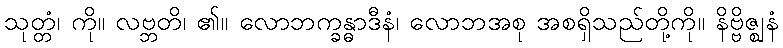
သုတ္တံ၊ ကို။ လဗ္ဘတိ၊ ၏။ လောဘက္ခန္ဓာဒီနံ၊ လောဘအစု အစရှိသည်တို့ကို။ နိဗ္ဗိဇ္ဈနံ